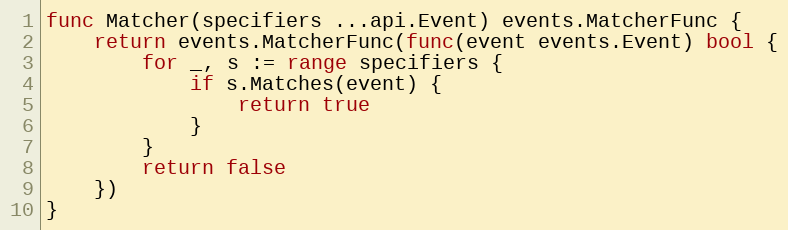
Language: Go
func Matcher(specifiers ...api.Event) events.MatcherFunc {
	return events.MatcherFunc(func(event events.Event) bool {
		for _, s := range specifiers {
			if s.Matches(event) {
				return true
			}
		}
		return false
	})
}